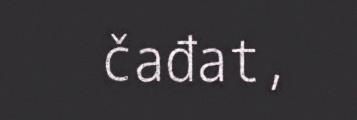
čađat,